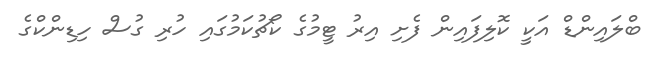
ބްލައިންޑް އަކީ ކޮލިފައިން ފެށި އިރު ޓީމުގެ ކޯޗުކަމުގައި ހުރި ގުސް ހިޑިންކްގެ